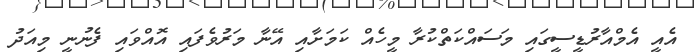
އެއީ އެމްއާރުޑީސީގައި މަސައްކަތްކުރާ މީހެއް ކަމަށާއި އޭނާ މަރުވެފައި އޮއްވައި ފެނުނީ މިއަދު